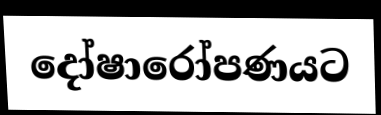
දෝෂාරෝපණයට